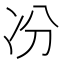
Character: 𠖲